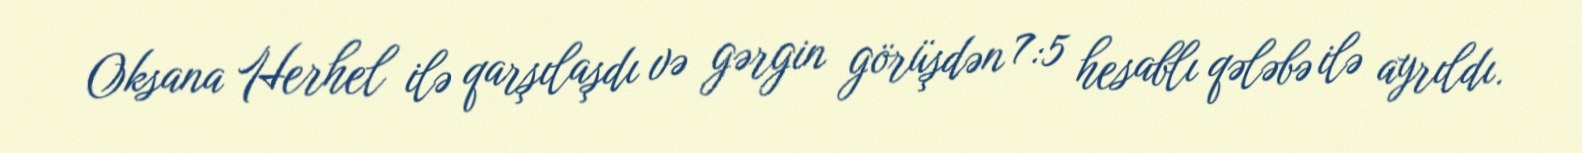
Oksana Herhel ilə qarşılaşdı və gərgin görüşdən 7:5 hesablı qələbə ilə ayrıldı.